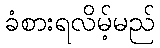
ခံစားရလိမ့်မည်